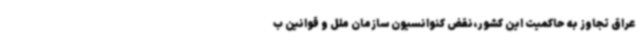
عراق تجاوز به حاکمیت این کشور،نقض کنوانسیون سازمان ملل و قوانین ب